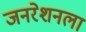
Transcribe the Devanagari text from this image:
जनरेशनला